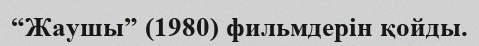
“Жаушы” (1980) фильмдерін қойды.